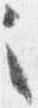
之